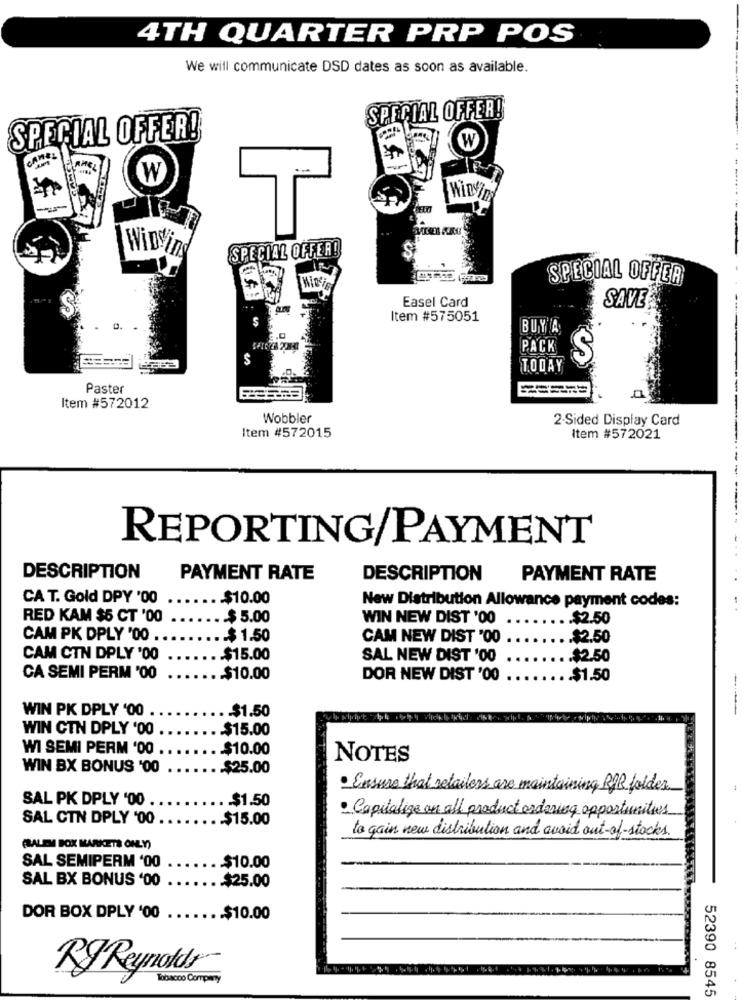
4TH QUARTER PRP POS
We will communicate DSD dates as soon as available.
SPECIAL OFFER!
SPECIAL OFFER!
CANEL
W
W
T
Winving
SPECIAL OFFER!
SPECIAL OFFER
Easel Card
SAVE
$
Item #575051
0.
BUY A
PACK
S
TODAY
Paster
Item #572012
Wobbler
2-Sided Display Card
Item #572015
Item #572021
REPORTING/PAYMENT
DESCRIPTION
PAYMENT RATE
DESCRIPTION
PAYMENT RATE
CA T. Gold DPY '00
$10.00
New Distribution Allowance payment codes:
RED KAM $5 CT '00
.. $ 5.00
WIN NEW DIST '00
....... $2.50
CAM PK DPLY '00 .
.. $ 1.50
CAM NEW DIST '00 .......
.$2.50
CAM CTN DPLY '00
$15.00
SAL NEW DIST '00
...... $2.50
CA SEMI PERM '00
.$10.00
DOR NEW DIST '00 .
....
... $1.50
WIN PK DPLY '00
.. $1.50
WIN CTN DPLY '00
-$15.00
WI SEMI PERM '00
$10.00
NOTES
WIN BX BONUS '00
.$25.00
· Ensure that retailers are maintaining RIB folder
SAL PK DPLY '00
. . $1.50
SAL CTN DPLY '00 ..
...
.. $15.00
. Capitalize on all product ordering opportunities
to gain new distribution and avoid out-of-stocks.
(RALEM FOX MARKETS ONLY)
SAL SEMIPERM '00
$10.00
SAL BX BONUS '00
$25.00
DOR BOX DPLY '00
...
.. $10.00
RJ Reynolds
Tobacco Company
52390 8545